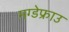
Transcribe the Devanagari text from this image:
मग्डेफ्राउ